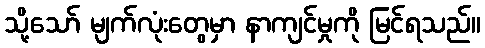
သို့သော် မျက်လုံးတွေမှာ နာကျင်မှုကို မြင်ရသည်။